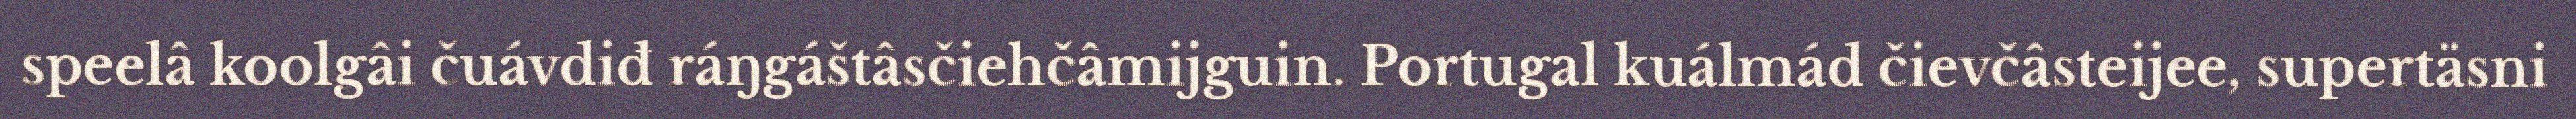
speelâ koolgâi čuávdiđ ráŋgáštâsčiehčâmijguin. Portugal kuálmád čievčâsteijee, supertäsni